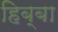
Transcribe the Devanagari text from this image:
हिब्बा